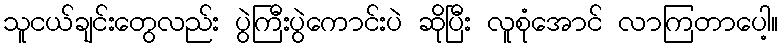
သူငယ်ချင်းတွေလည်း ပွဲကြီးပွဲကောင်းပဲ ဆိုပြီး လူစုံအောင် လာကြတာပေါ့။